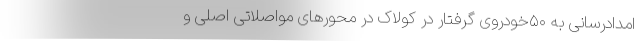
امدادرسانی به ۵۰خودروی گرفتار در کولاک در محورهای مواصلاتی اصلی و